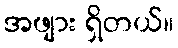
အဖျား ရှိတယ်။